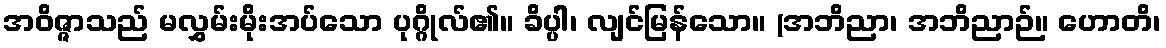
အဝိဇ္ဇာသည် မလွှမ်းမိုးအပ်သော ပုဂ္ဂိုလ်၏။ ခိပ္ပါ၊ လျင်မြန်သော။ (အဘိညာ၊ အဘိညာဉ်။ ဟောတိ၊